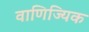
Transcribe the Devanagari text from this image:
वाणिज्यिक